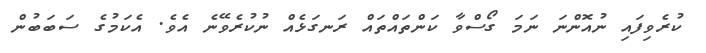
ކުރެވިފައި ނުއޮންނަ ނަމަ ގޯސްވާ ކަންތައްތައް ރަނގަޅެއް ނުކުރެވޭނެ އެެވެ. އެކަމުގެ ސަބަބުން